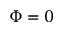
\Phi = 0